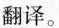
翻译。